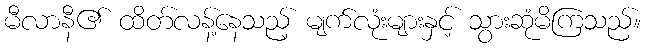
မီလာနီ၏ ထိတ်လန့်နေသည့် မျက်လုံးများနှင့် သွားဆုံမိကြသည်။